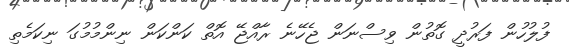
ފުލުހުން ފަރުދީ ގޮތުން ވިސްނަން ޖެހޭނެ ރާއްޖޭ އޮތް ކަންކަން ނިންމުމުގަ ނިކަމެތި